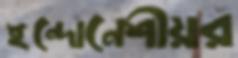
ইন্দোনেশীয়র